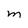
Character: M